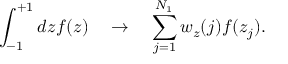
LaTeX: \int _ { - 1 } ^ { + 1 } d z f ( z ) \quad \rightarrow \quad \sum _ { j = 1 } ^ { N _ { 1 } } w _ { z } ( j ) f ( z _ { j } ) .